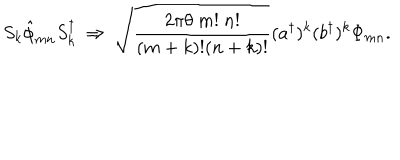
LaTeX: S _ { k } { \hat { \phi } } _ { m n } S _ { k } ^ { \dagger } \ \Rightarrow \ \sqrt { \frac { 2 \pi \theta \ m ! \ n ! } { ( m + k ) ! ( n + k ) ! } } ( { a ^ { \dagger } } ) ^ { k } ( { b ^ { \dagger } } ) ^ { k } \Phi _ { m n } .